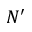
N ^ { \prime }